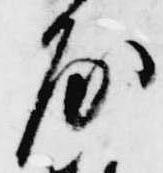
房